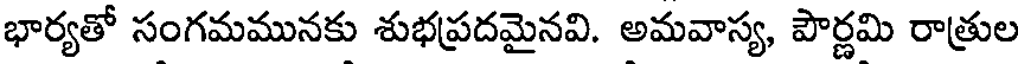
భార్యతో సంగమమునకు శుభప్రదమైనవి. అమవాస్య, పౌర్ణమి రాత్రుల